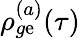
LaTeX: \rho_{g\mathrm{e}}^{(a)}(\tau)